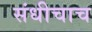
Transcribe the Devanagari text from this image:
संधीचाच